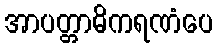
အာပတ္တာဓိကရဏံပေ